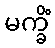
မက္ခိံ